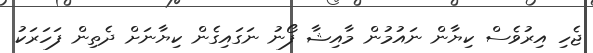
ޖެހި އިރުވެސް ކިޔާން ނައުމުން މާއިޝާ ފޯނު ނަގައިގެން ކިޔާނަށް ދެތިން ފަހަރަކު